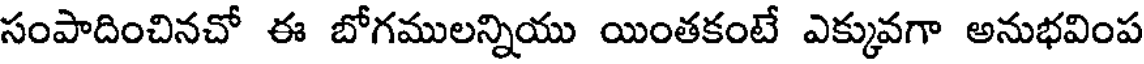
సంపాదించినచో ఈ బోగములన్నియు యింతకంటే ఎక్కువగా అనుభవింప